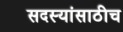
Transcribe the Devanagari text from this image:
सदस्यांसाठीच